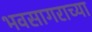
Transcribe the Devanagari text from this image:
भवसागराच्या